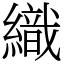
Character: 織